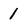
Character: 1